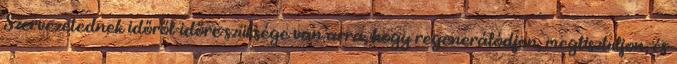
Szervezetednek időről-időre szüksége van arra, hogy regenerálódjon, megtisztuljon, és